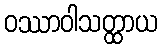
ဝဿာဝါသတ္ထာယ